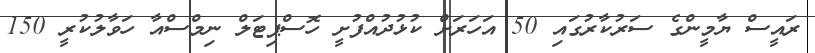
ރައީސް ޔާމީންގެ ސަރުކާރުގައި 50 އަހަރަށް ކުޅުދުއްފުށީ ހޮސްޕިޓަލް ނިމްސްއާ ހަވާލުކުރީ 150